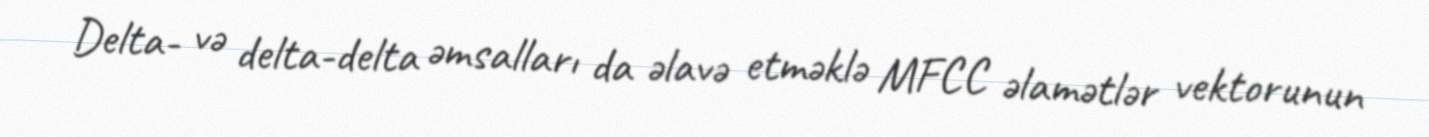
Delta- və delta-delta əmsalları da əlavə etməklə MFCC əlamətlər vektorunun